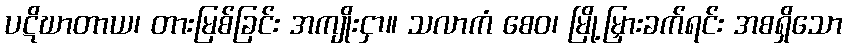
ပဋိဃာတာယ၊ တားမြစ်ခြင်း အကျိုးငှာ။ သလာကံ စေဝ၊ မြို့မြှားခက်ရင်း အစရှိသော